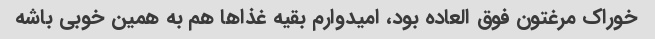
خوراک مرغتون فوق العاده بود، امیدوارم بقیه غذا‌ها هم به همین خوبی باشه